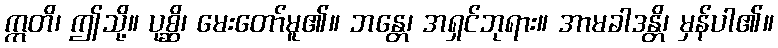
ဣတိ၊ ဤသို့။ ပုစ္ဆိ၊ မေးတော်မူ၏။ ဘန္တေ၊ အရှင်ဘုရား။ အာမခါဒန္တိ၊ မှန်ပါ၏။